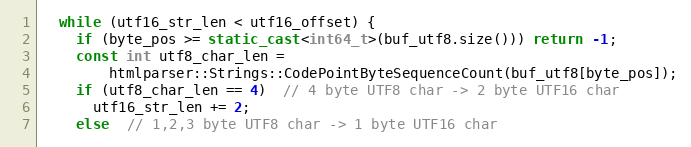
Language: C++
  while (utf16_str_len < utf16_offset) {
    if (byte_pos >= static_cast<int64_t>(buf_utf8.size())) return -1;
    const int utf8_char_len =
        htmlparser::Strings::CodePointByteSequenceCount(buf_utf8[byte_pos]);
    if (utf8_char_len == 4)  // 4 byte UTF8 char -> 2 byte UTF16 char
      utf16_str_len += 2;
    else  // 1,2,3 byte UTF8 char -> 1 byte UTF16 char